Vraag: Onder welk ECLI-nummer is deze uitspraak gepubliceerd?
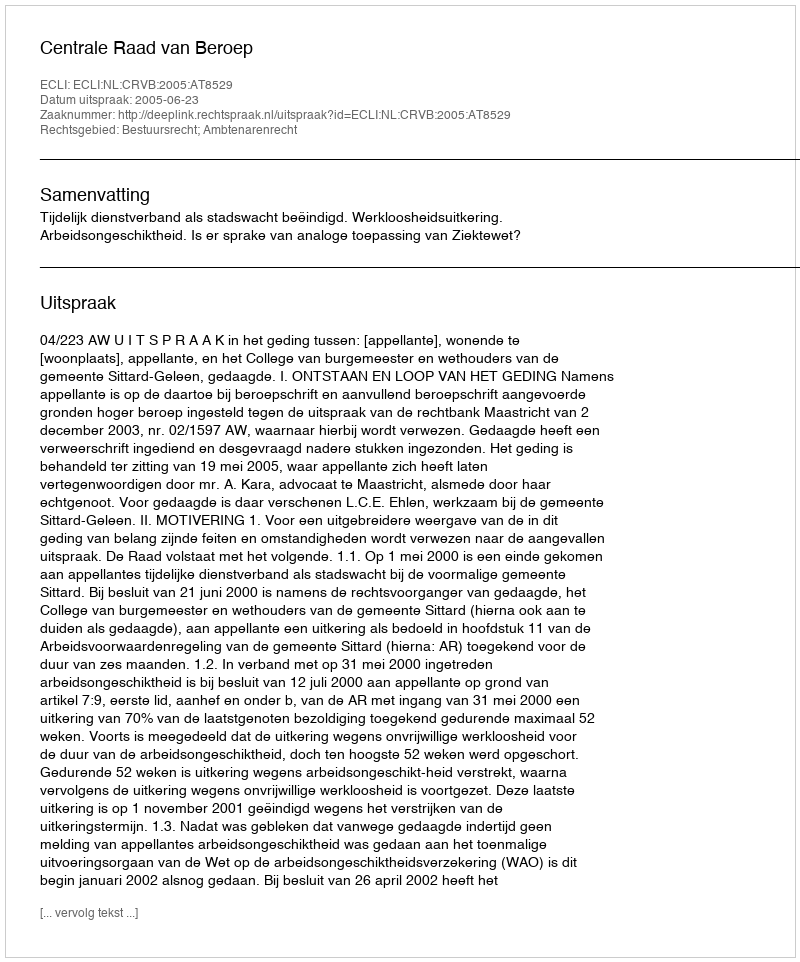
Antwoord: ECLI:NL:CRVB:2005:AT8529